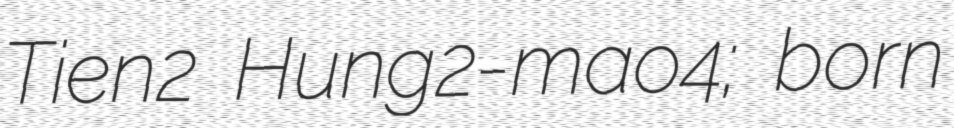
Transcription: Tʻien2 Hung2-mao4; born